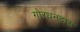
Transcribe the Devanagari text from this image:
गोरधनदास